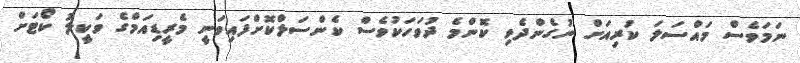
ނަމަވެސް މައްސަލަ ކުރިއަށް ނުގެންދެވި ކޮންމެ ދުވަހަކުވެސް ކެންސަލްކޮށްފައިވަނީ މެރީޑިއަމްގެ ވަކީލު ކޯޓަށް